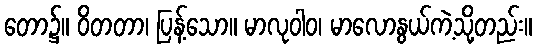
တော၌။ ဝိတတာ၊ ပြန့်သော။ မာလုဝါဝ၊ မာလောနွယ်ကဲ့သို့တည်း။